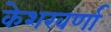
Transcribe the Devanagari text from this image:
केशरवर्णा